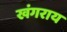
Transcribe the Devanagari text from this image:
खंगराय